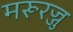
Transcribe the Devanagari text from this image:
मरूरज्जु